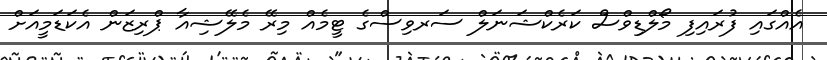
އެއްގައި ފުރައިފި މޯލްޑިވްސް ކަރެކްޝަނަލް ސަރވިސްގެ ޓީމެއް މިރޭ މެލޭޝިއާ ޕްރިޒަން އެކަޑަމީއަށް